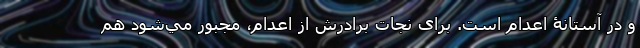
و در آستانۀ اعدام است. برای نجات برادرش از اعدام، مجبور مي‌شود هم